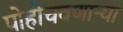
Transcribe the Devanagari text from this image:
पोहोचवणार्‍या